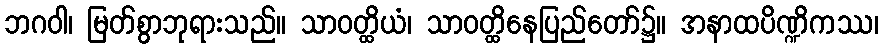
ဘဂဝါ၊ မြတ်စွာဘုရားသည်။ သာဝတ္ထိယံ၊ သာဝတ္ထိနေပြည်တော်၌။ အနာထပိဏ္ဍိကဿ၊